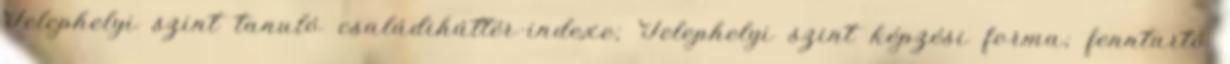
Telephelyi szint tanuló családiháttér-indexe; Telephelyi szint képzési forma; fenntartó